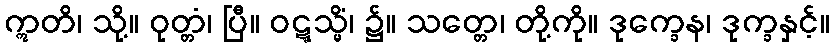
ဣတိ၊ သို့။ ဝုတ္တံ၊ ပြီ။ ဝဋ္ဋသ္မိံ၊ ၌။ သတ္တေ၊ တို့ကို။ ဒုက္ခေန၊ ဒုက္ခနှင့်။